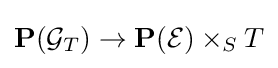
\mathbf {P} ({\mathcal {G}}_{T})\to \mathbf {P} ({\mathcal {E}})\times _{S}T